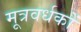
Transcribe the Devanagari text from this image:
मूत्रवर्धकों